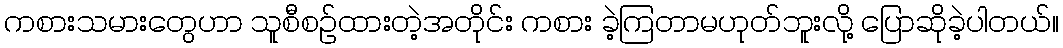
ကစားသမားတွေဟာ သူစီစဉ်ထားတဲ့အတိုင်း ကစား ခဲ့ကြတာမဟုတ်ဘူးလို့ ပြောဆိုခဲ့ပါတယ်။